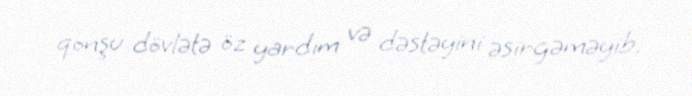
qonşu dövlətə öz yardım və dəstəyini əsirgəməyib.